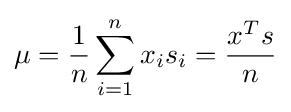
\mu ={\frac {1}{n}}\sum _{i=1}^{n}x_{i}s_{i}={\frac {x^{T}s}{n}}